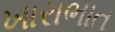
ખારાભાત